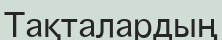
Тақталардың